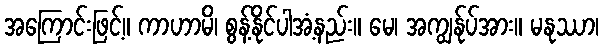
အကြောင်းဖြင့်။ ကာဟာမိ၊ စွန့်နိုင်ပါအံ့နည်း။ မေ၊ အကျွန်ုပ်အား။ မနုဿာ၊